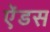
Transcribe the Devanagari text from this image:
ऐंडस